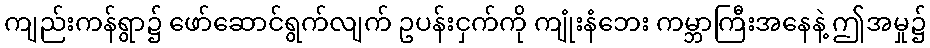
ကျည်းကန်ရွာ၌ ဖော်ဆောင်ရွက်လျက် ဥပန်းငှက်ကို ကျုံးနံဘေး ကမ္ဘာကြီးအနေနဲ့ ဤအမှု၌